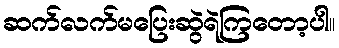
ဆက်လက်မပြေးဆွဲရဲကြတော့ပါ။